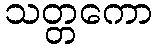
သတ္တကော